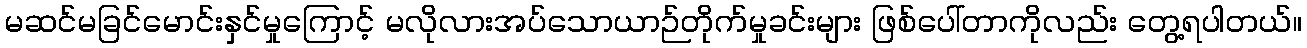
မဆင်မခြင်မောင်းနှင်မှုကြောင့် မလိုလားအပ်သောယာဉ်တိုက်မှုခင်းများ ဖြစ်ပေါ်တာကိုလည်း တွေ့ရပါတယ်။